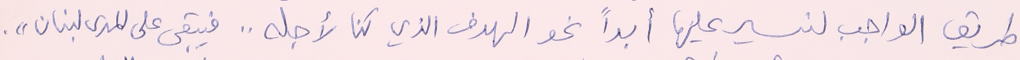
طريق الواجب لنسير عليها أبداً نحو الهدف الذي كنا لأجله .. فيبقى على المدى لبنان".